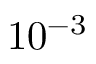
1 0 ^ { - 3 }